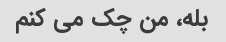
بله، من چک می کنم